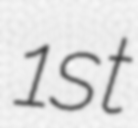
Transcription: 1st